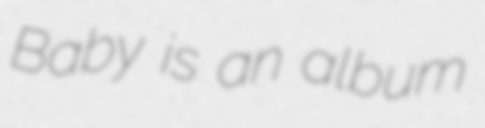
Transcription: Baby is an album